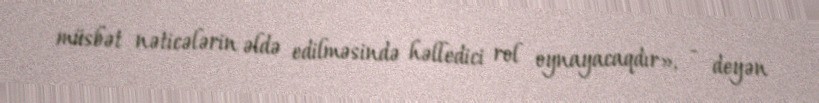
müsbət nəticələrin əldə edilməsində həlledici rol oynayacaqdır», - deyən